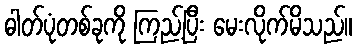
ဓါတ်ပုံတစ်ခုကို ကြည့်ပြီး မေးလိုက်မိသည်။